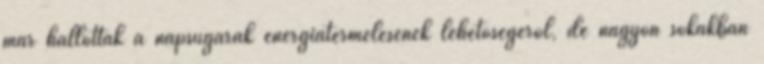
már hallottak a napsugarak energiatermelésének lehetőségéről, de nagyon sokakban